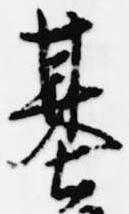
基